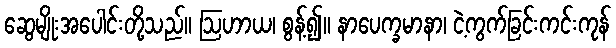
ဆွေမျိုးအပေါင်းတို့သည်။ ဩဟာယ၊ စွန့်၍။ နာပေက္ခမာနာ၊ ငဲ့ကွက်ခြင်းကင်းကုန်